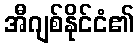
အီဂျစ်နိုင်ငံ၏